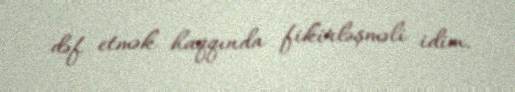
dəf etmək haqqında fikirləşməli idim.